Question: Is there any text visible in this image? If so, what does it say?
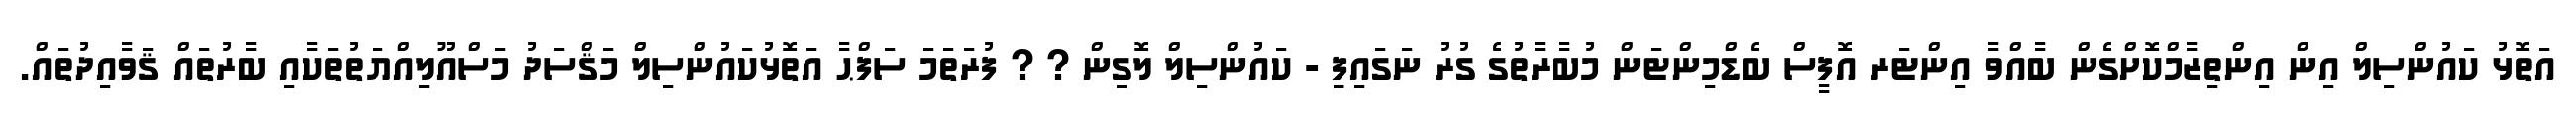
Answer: އަތޮޅު ކައުންސިލް އިން އިންތިޒާމްކޮށްގެން ބާއްވާ އިންޓަރ އޮފީސް ބެޑްމިންޓަން މުބާރާތުގެ ގުރު ނަގައިފިި - ކައުންސިލް ލޮގިން ? ? ފުރަތަމަ ސަފްޙާ އަތޮޅުކައުންސިލް މަޤްސަދު މަސްއޫލިއްޔަތުތަކާއި ބާރުތައް ޤަވާއިދުތައް.